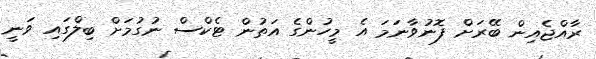
ރާއްޖެއިން ބޭރަށް ފޮނުވާނަމަ އެ މީހުންގެ އަތުން ޓެކްސް ނުގުމަށް ބިލްގައި ވަނީ